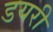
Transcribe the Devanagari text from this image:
डयरी